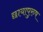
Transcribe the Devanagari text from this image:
छायापुरुष